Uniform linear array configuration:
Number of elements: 48
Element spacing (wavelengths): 0.25
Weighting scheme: hamming
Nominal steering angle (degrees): -30
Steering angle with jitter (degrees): -28.093
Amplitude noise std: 0.05
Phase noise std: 0.05

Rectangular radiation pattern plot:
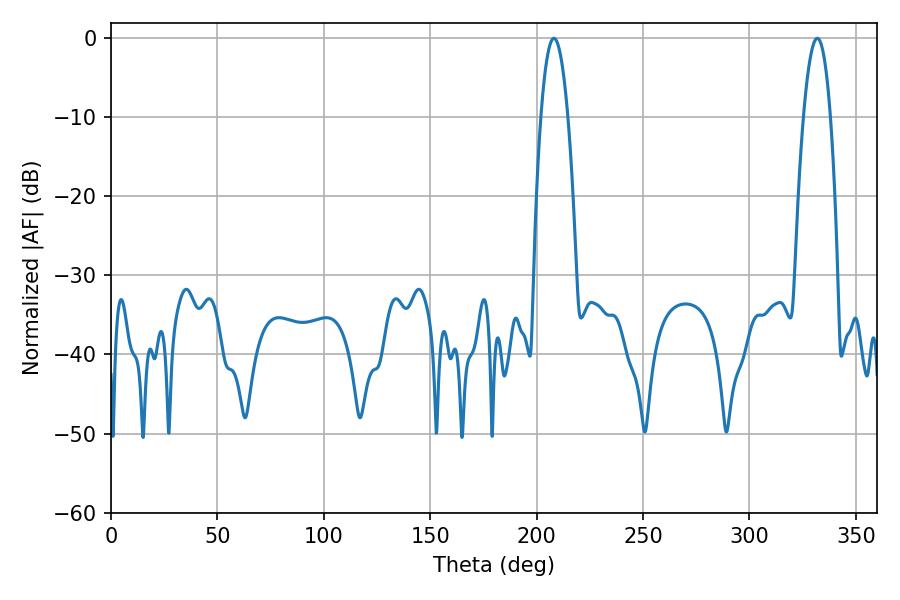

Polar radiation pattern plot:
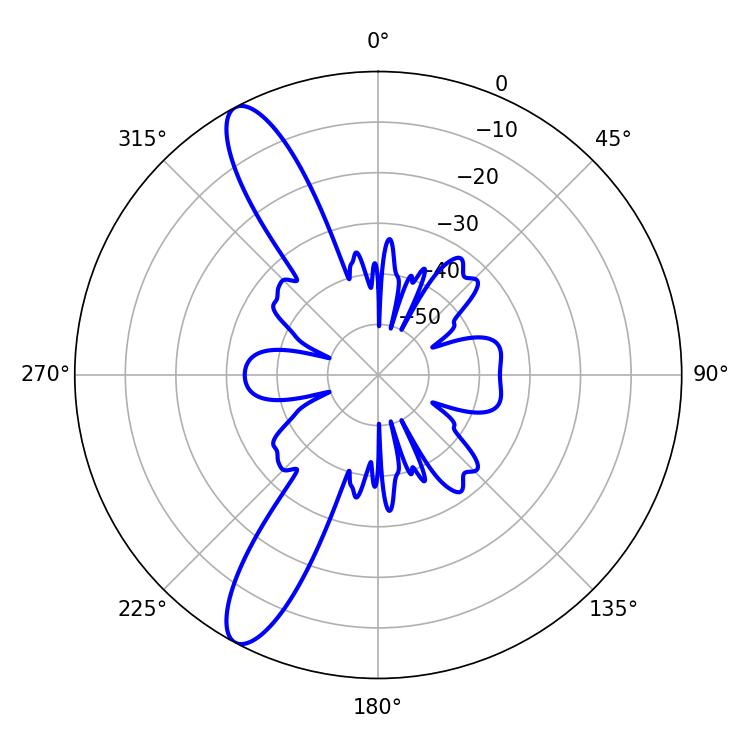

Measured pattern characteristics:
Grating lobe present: FALSE
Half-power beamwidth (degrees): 7.02
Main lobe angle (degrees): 208.08